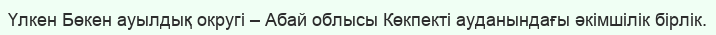
Үлкен Бөкен ауылдық округі – Абай облысы Көкпекті ауданындағы әкімшілік бірлік.